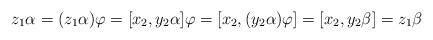
LaTeX: \begin{align*} z_1 \alpha = (z_1 \alpha)\varphi = [x_2, y_2 \alpha]\varphi = [x_2,(y_2 \alpha)\varphi] = [x_2, y_2 \beta ] = z_1 \beta \end{align*}